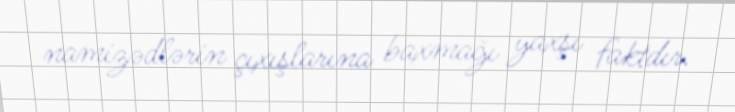
namizədlərin çıxışlarına baxmağı yaxşı faktdır.